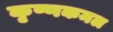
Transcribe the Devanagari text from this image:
कृष्णकमल